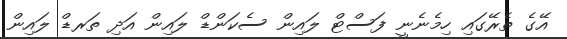
އޭގެ ތެރޭގައި ހިމެނެނީ ފަސްޓް ލައިން ސެކަންޑް ލައިން އަދި ތަރޑް ލައިން